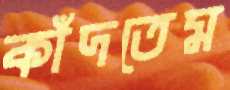
কাঁদতেম